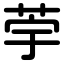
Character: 荢